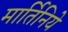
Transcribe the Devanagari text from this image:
मार्तिनिये